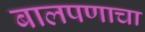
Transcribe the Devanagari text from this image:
बालपणाचा